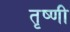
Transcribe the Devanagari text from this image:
तृष्णी